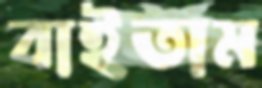
বাইতাম